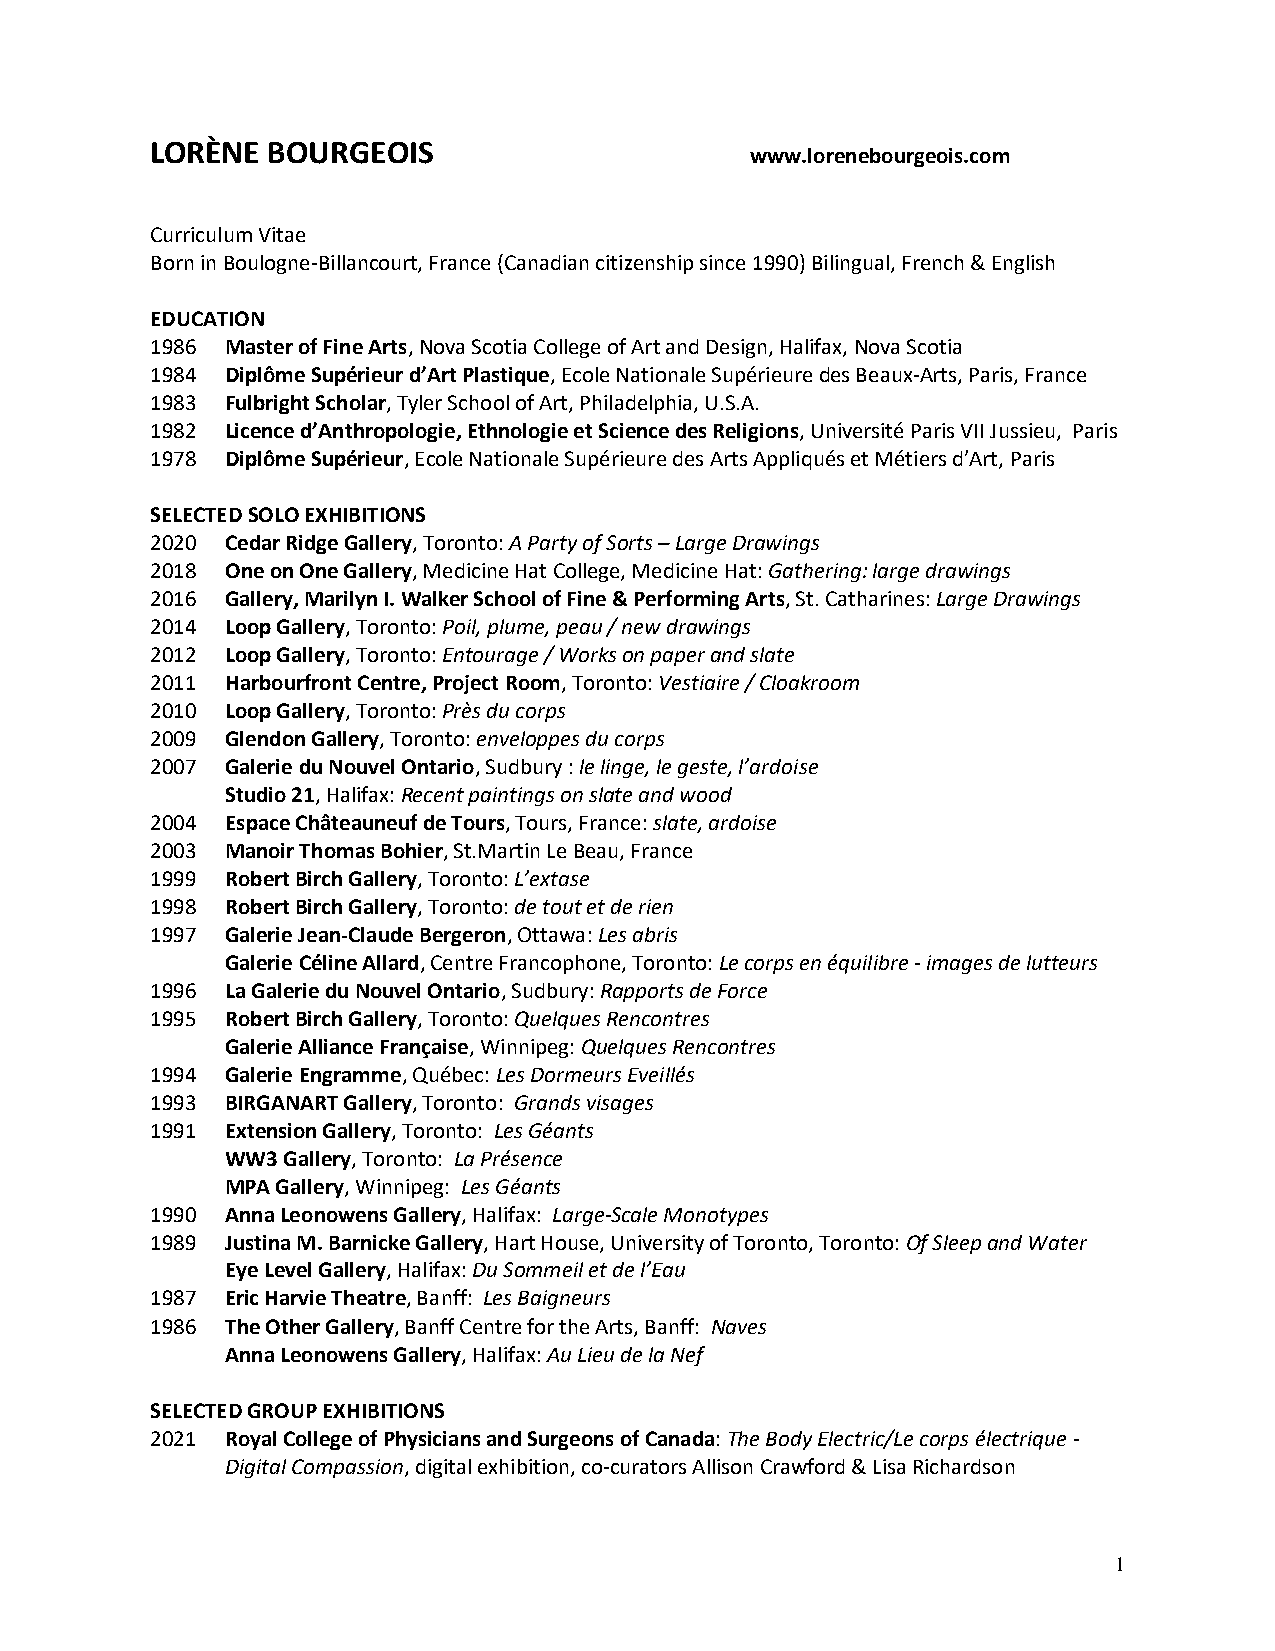
LORÈNE  BOURGEOIS
 www.lorenebourgeois.com
 Curriculum Vitae
 Born in Boulogne-Billancourt, France (Canadian citizenship since 1990) Bilingual, French & English
 EDUCATION
 1986 Master of Fine Arts, Nova Scotia College of Art and Design, Halifax, Nova Scotia
 1984 Diplôme Supérieur d’Art Plastique, Ecole Nationale Supérieure des Beaux-Arts, Paris, France
 1983 Fulbright Scholar, Tyler School of Art, Philadelphia, U.S.A.
 1982 Licence d’Anthropologie, Ethnologie et Science des Religions, Université Paris VII Jussieu, Paris
 1978 Diplôme Supérieur, Ecole Nationale Supérieure des Arts Appliqués et Métiers d’Art, Paris
 SELECTED SOLO EXHIBITIONS
 2020 Cedar Ridge Gallery, Toronto: A Party of Sorts – Large Drawings
 2018 One on One Gallery, Medicine Hat College, Medicine Hat: Gathering: large drawings
 2016 Gallery, Marilyn I. Walker School of Fine & Performing Arts, St. Catharines: Large Drawings
 2014 Loop Gallery, Toronto: Poil, plume, peau / new drawings
 2012 Loop Gallery, Toronto: Entourage / Works on paper and slate
 2011 Harbourfront Centre, Project Room, Toronto: Vestiaire / Cloakroom
 2010 Loop Gallery, Toronto: Près du corps
 2009 Glendon Gallery, Toronto: enveloppes du corps
 2007 Galerie du Nouvel Ontario, Sudbury : le linge, le geste, l’ardoise
 Studio 21, Halifax: Recent paintings on slate and wood
 2004 Espace Châteauneuf de Tours, Tours, France: slate, ardoise
 2003 Manoir Thomas Bohier, St.Martin Le Beau, France
 1999 Robert Birch Gallery, Toronto: L’extase
 1998 Robert Birch Gallery, Toronto: de tout et de rien
 1997 Galerie Jean-Claude Bergeron, Ottawa: Les abris
 Galerie Céline Allard, Centre Francophone, Toronto: Le corps en équilibre - images de lutteurs
 1996 La Galerie du Nouvel Ontario, Sudbury: Rapports de Force
 1995 Robert Birch Gallery, Toronto: Quelques Rencontres
 Galerie Alliance Française, Winnipeg: Quelques Rencontres
 1994 Galerie Engramme, Québec: Les Dormeurs Eveillés
 1993 BIRGANART Gallery, Toronto: Grands visages
 1991 Extension Gallery, Toronto: Les Géants
 WW3 Gallery, Toronto: La Présence
 MPA Gallery, Winnipeg: Les Géants
 1990 Anna Leonowens Gallery, Halifax: Large-Scale Monotypes
 1989 Justina M. Barnicke Gallery, Hart House, University of Toronto, Toronto: Of Sleep and Water
 Eye Level Gallery, Halifax: Du Sommeil et de l’Eau
 1987 Eric Harvie Theatre, Banff: Les Baigneurs
 1986 The Other Gallery, Banff Centre for the Arts, Banff: Naves
 Anna Leonowens Gallery, Halifax: Au Lieu de la Nef
 SELECTED GROUP EXHIBITIONS
 2021 Royal College of Physicians and Surgeons of Canada: The Body Electric/Le corps électrique -
 Digital Compassion, digital exhibition, co-curators Allison Crawford & Lisa Richardson
 1